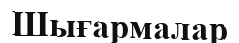
Шығармалар